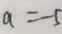
a = - 5